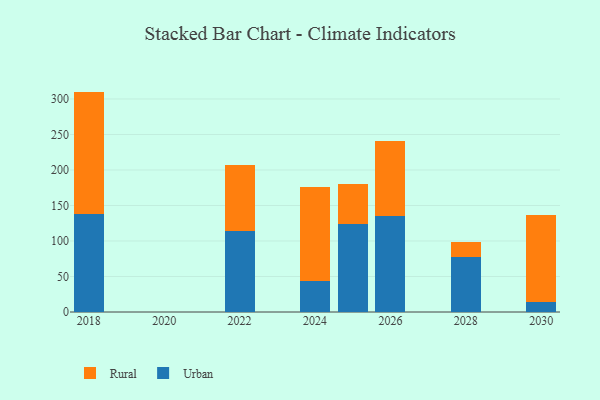
{"axis": {"x": "Year", "y": "Churn Rate (%)"}, "legend": ["Rural", "Urban"], "data": [{"x": "2026", "y": 135.0, "type": "Urban"}, {"x": "2026", "y": 105.7, "type": "Rural"}, {"x": "2025", "y": 124.2, "type": "Urban"}, {"x": "2025", "y": 55.4, "type": "Rural"}, {"x": "2022", "y": 114.0, "type": "Urban"}, {"x": "2022", "y": 93.3, "type": "Rural"}, {"x": "2024", "y": 43.7, "type": "Urban"}, {"x": "2024", "y": 132.9, "type": "Rural"}, {"x": "2030", "y": 14.1, "type": "Urban"}, {"x": "2030", "y": 123.1, "type": "Rural"}, {"x": "2028", "y": 78.0, "type": "Urban"}, {"x": "2028", "y": 20.7, "type": "Rural"}, {"x": "2018", "y": 138.7, "type": "Urban"}, {"x": "2018", "y": 171.7, "type": "Rural"}]}